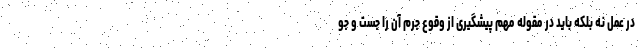
در عمل نه بلکه باید در مقوله مهم پیشگیری از وقوع جرم آن را جست و جو